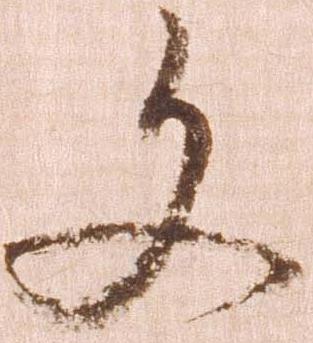
文